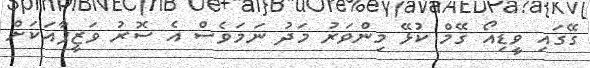
ގޭގައި ވީޑިއޯ ގޭމް ކުޅޭ މިންވަރު މަދު ނަމަވެސް އެ ސޮރު ވަޒީފާއަކަށް